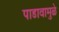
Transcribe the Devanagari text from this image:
पाडावामुळे